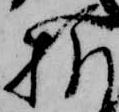
様